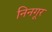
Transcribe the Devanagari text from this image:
निनगूर